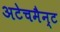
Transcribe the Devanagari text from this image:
अटेचमैन्ट